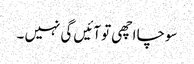
سوچا اچھی تو آئیں گی نہیں ۔